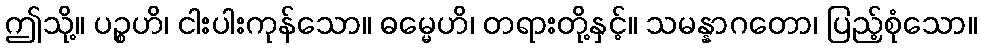
ဤသို့။ ပဉ္စဟိ၊ ငါးပါးကုန်သော။ ဓမ္မေဟိ၊ တရားတို့နှင့်။ သမန္နာဂတော၊ ပြည့်စုံသော။